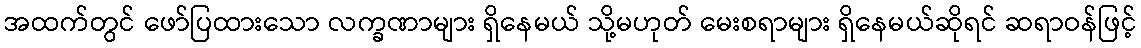
အထက်တွင် ဖော်ပြထားသော လက္ခဏာများ ရှိနေမယ် သို့မဟုတ် မေးစရာများ ရှိနေမယ်ဆိုရင် ဆရာဝန်ဖြင့်